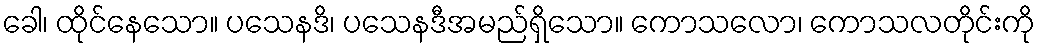
ခေါ၊ ထိုင်နေသော။ ပသေနဒိ၊ ပသေနဒီအမည်ရှိသော။ ကောသလော၊ ကောသလတိုင်းကို